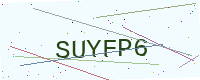
Text: SUYFP6